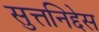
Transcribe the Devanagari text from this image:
सुत्तनिद्देस